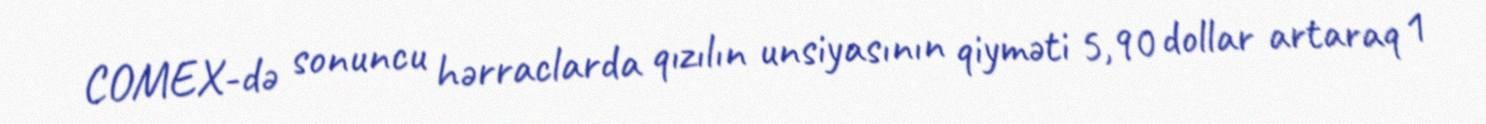
COMEX-də sonuncu hərraclarda qızılın unsiyasının qiyməti 5,90 dollar artaraq 1